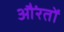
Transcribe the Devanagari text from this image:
औंरतों